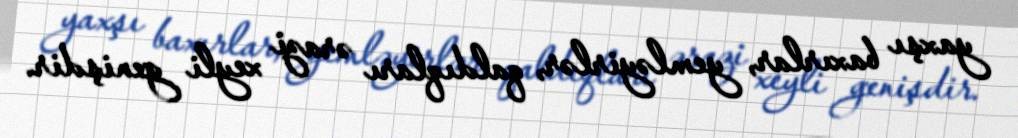
yaxşı baxırlar, yemləyirlər, qaldıqları ərazi xeyli genişdir.